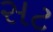
સટ